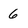
Character: 6